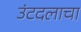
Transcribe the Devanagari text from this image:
उंटदलाचा